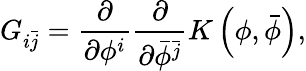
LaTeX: G_{i\bar{j}}=\frac{\partial}{\partial\phi^{i}}\frac{\partial}{\partial\bar{\phi}^{\bar{j}}}K\left(\phi,\bar{\phi}\right),